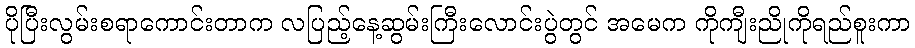
ပိုပြီးလွမ်းစရာကောင်းတာက လပြည့်နေ့ဆွမ်းကြီးလောင်းပွဲတွင် အမေက ကိုကျီးညိုကိုရည်စူးကာ